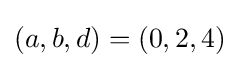
(a,b,d)=(0,2,4)